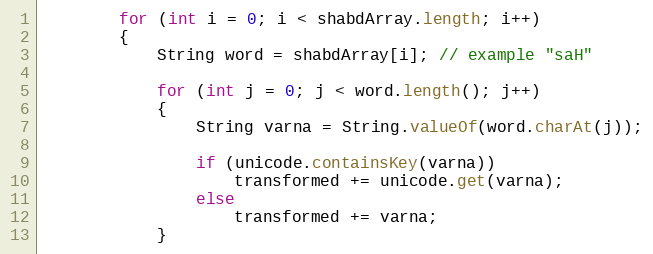
Language: Java
        for (int i = 0; i < shabdArray.length; i++)
        {
            String word = shabdArray[i]; // example "saH"

            for (int j = 0; j < word.length(); j++)
            {
                String varna = String.valueOf(word.charAt(j));

                if (unicode.containsKey(varna))
                    transformed += unicode.get(varna);
                else
                    transformed += varna;
            }